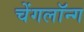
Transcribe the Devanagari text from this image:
चेंगलॉन्ग